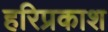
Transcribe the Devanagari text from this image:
हरिप्रकाश